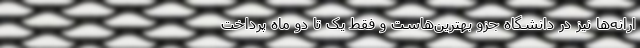
ارانه‌ها نیز در دانشگاه جزو بهترین‌هاست و فقط یک تا دو ماه پرداخت